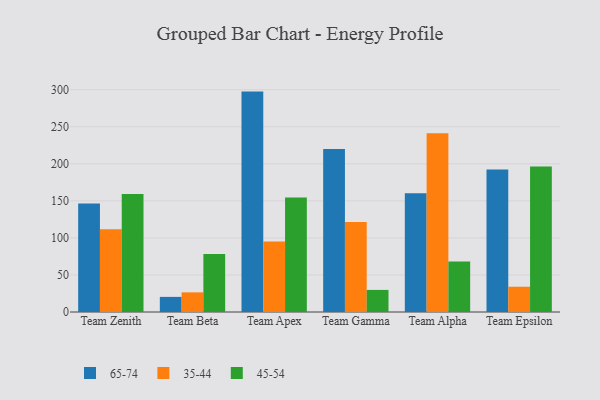
{"axis": {"x": "Team", "y": "Demand Index"}, "legend": ["35-44", "45-54", "65-74"], "data": [{"x": "Team Zenith", "y": 146.4, "type": "65-74"}, {"x": "Team Zenith", "y": 111.7, "type": "35-44"}, {"x": "Team Zenith", "y": 159.1, "type": "45-54"}, {"x": "Team Beta", "y": 20.4, "type": "65-74"}, {"x": "Team Beta", "y": 26.5, "type": "35-44"}, {"x": "Team Beta", "y": 78.3, "type": "45-54"}, {"x": "Team Apex", "y": 297.4, "type": "65-74"}, {"x": "Team Apex", "y": 95.2, "type": "35-44"}, {"x": "Team Apex", "y": 154.6, "type": "45-54"}, {"x": "Team Gamma", "y": 220.0, "type": "65-74"}, {"x": "Team Gamma", "y": 121.5, "type": "35-44"}, {"x": "Team Gamma", "y": 29.8, "type": "45-54"}, {"x": "Team Alpha", "y": 160.2, "type": "65-74"}, {"x": "Team Alpha", "y": 241.2, "type": "35-44"}, {"x": "Team Alpha", "y": 68.1, "type": "45-54"}, {"x": "Team Epsilon", "y": 192.2, "type": "65-74"}, {"x": "Team Epsilon", "y": 34.1, "type": "35-44"}, {"x": "Team Epsilon", "y": 196.5, "type": "45-54"}]}